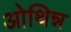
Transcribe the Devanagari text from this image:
ओथिन्न